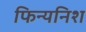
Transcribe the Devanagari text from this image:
फिन्यनिश